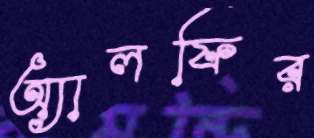
অ্যালফির